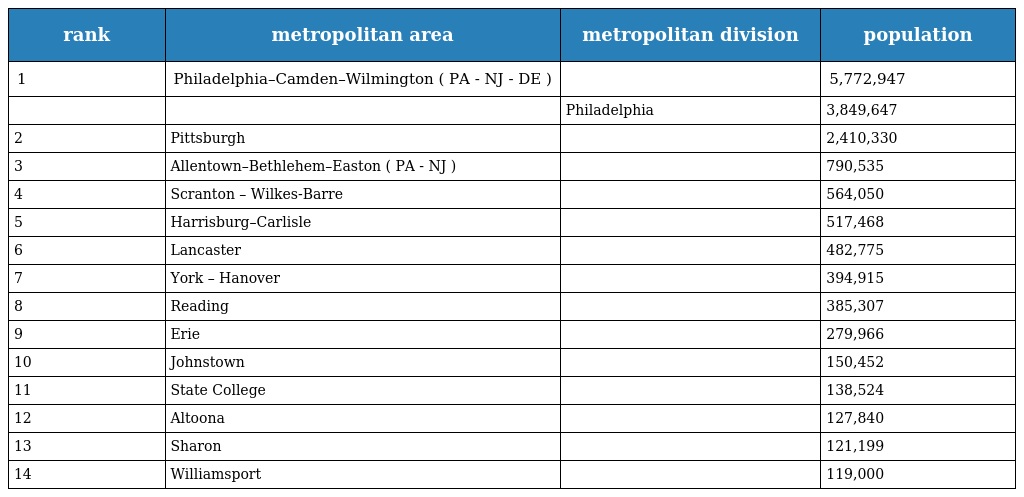
| rank | metropolitan area | metropolitan division | population |
 | --- | --- | --- | --- |
 | 1 | Philadelphia–Camden–Wilmington ( PA - NJ - DE ) |  | 5,772,947 |
 |  |  | Philadelphia | 3,849,647 |
 | 2 | Pittsburgh |  | 2,410,330 |
 | 3 | Allentown–Bethlehem–Easton ( PA - NJ ) |  | 790,535 |
 | 4 | Scranton – Wilkes-Barre |  | 564,050 |
 | 5 | Harrisburg–Carlisle |  | 517,468 |
 | 6 | Lancaster |  | 482,775 |
 | 7 | York – Hanover |  | 394,915 |
 | 8 | Reading |  | 385,307 |
 | 9 | Erie |  | 279,966 |
 | 10 | Johnstown |  | 150,452 |
 | 11 | State College |  | 138,524 |
 | 12 | Altoona |  | 127,840 |
 | 13 | Sharon |  | 121,199 |
 | 14 | Williamsport |  | 119,000 |